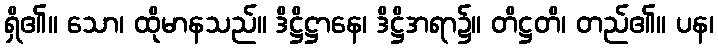
ရှိ၏။ သော၊ ထိုမာနသည်။ ဒိဋ္ဌိဋ္ဌာနေ၊ ဒိဋ္ဌိအရာ၌။ တိဋ္ဌတိ၊ တည်၏။ ပန၊